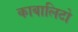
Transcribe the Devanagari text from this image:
काबालिटो